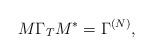
LaTeX: \begin{align*}M \Gamma_T M^* = \Gamma^{(N)},\end{align*}